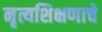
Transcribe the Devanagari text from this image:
नृत्यशिक्षणाचे